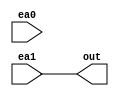
module cc_saida_ck3hz(
input ea0,
input ea1,
output out
);
buf(out,ea1);
endmodule